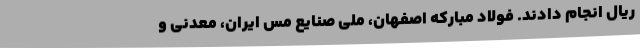
ریال انجام دادند. فولاد مبارکه اصفهان، ملی صنایع مس ایران، معدنی و